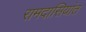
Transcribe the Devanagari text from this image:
रामदासियांत